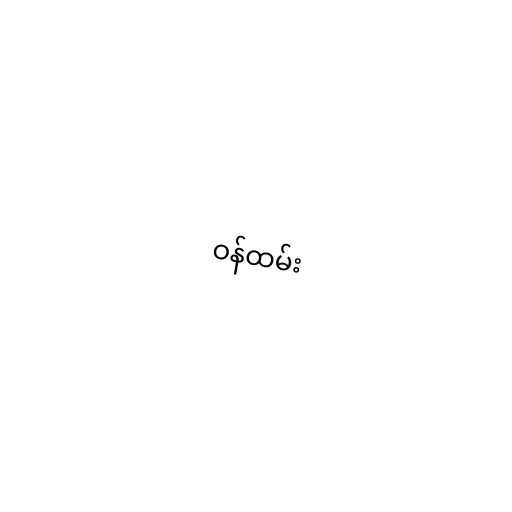
ဝန်ထမ်း